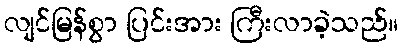
လျင်မြန်စွာ ပြင်းအား ကြီးလာခဲ့သည်။